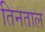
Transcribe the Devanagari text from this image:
तिनताल